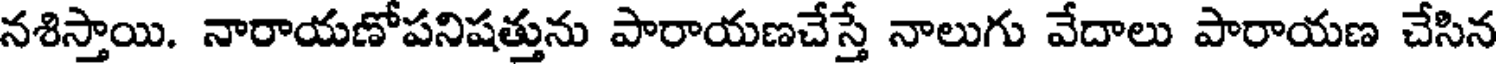
నశిస్తాయి. నారాయణోపనిషత్తును పారాయణచేస్తే నాలుగు వేదాలు పారాయణ చేసిన